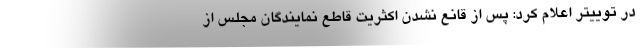
در توییتر اعلام کرد: پس از قانع نشدن اکثریت قاطع نمایندگان مجلس از